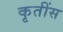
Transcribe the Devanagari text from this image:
कृतींस